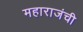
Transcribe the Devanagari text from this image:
महाराजंची